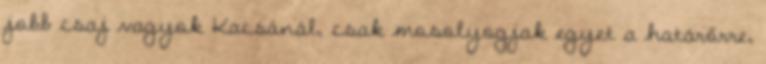
jobb csaj vagyok Kacsánál, csak mosolyogjak egyet a határőrre,